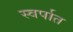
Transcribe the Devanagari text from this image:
स्वर्पात